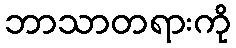
ဘာသာတရားကို